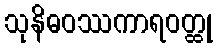
သုနိဓဝဿကာရဝတ္ထု